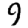
Digit: 9